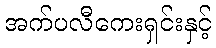
အက်ပလီကေးရှင်းနှင့်